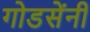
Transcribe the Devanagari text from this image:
गोडसेंनी